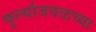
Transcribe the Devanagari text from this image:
कुर्ल्याजवळच्या